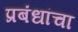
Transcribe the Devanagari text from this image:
प्रबंधांचा